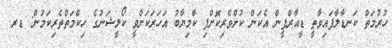
ހުރުމަތް ކަނޑާލާފައިވާތީ ޑީއާރްޕީން އެކަން ކުށްވެރިކޮށްފި ކާމިޔާބު އަހަރަކަށްވީ ކޯލީޝަނުގެ ހިކްމަތްތެރިކަމުން: ޑރ.